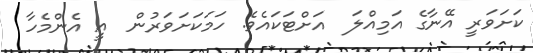
ކަށަވަރީ އޭނާގެ އަމިއްލަ  އަށްޓަކައެވެ. ހަމަކަށަވަރުން  އީ އެންމެހާ